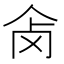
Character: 𰁺